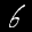
Label: 6